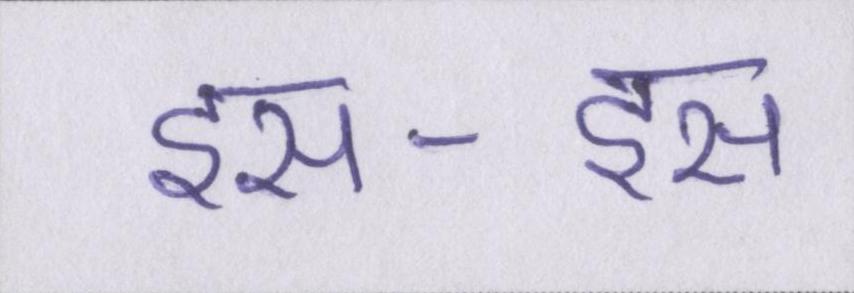
इस-इस